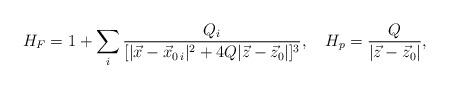
LaTeX: \begin{align*}H_F=1+\sum_i{{Q_i}\over{[|\vec{x}-\vec{x}_{0\,i}|^2+4Q|\vec{z}-\vec{z}_{0}|]^3}},\ \ \ H_p={Q\over {|\vec{z}-\vec{z}_{0}|}},\end{align*}